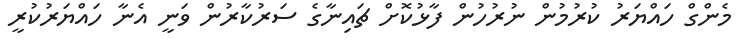
މެންގް ހައްޔަރު ކުރުމުން ނުރުހުން ފާޅުކޮށް ޗައިނާގެ ސަރުކާރުން ވަނީ އެނާ ހައްޔަރުކުރީ